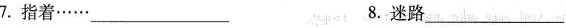
7.指着……\underline8.迷路\underline